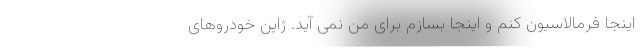
اینجا فرمالاسیون کنم و اینجا بسازم برای من نمی آید. ژاپن خودروهای